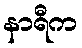
နာရီက